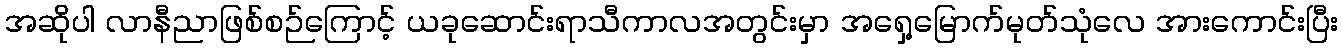
အဆိုပါ လာနီညာဖြစ်စဉ်ကြောင့် ယခုဆောင်းရာသီကာလအတွင်းမှာ အရှေ့မြောက်မုတ်သုံလေ အားကောင်းပြီး